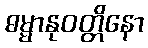
ဓမ္မာနုဝတ္တိနော